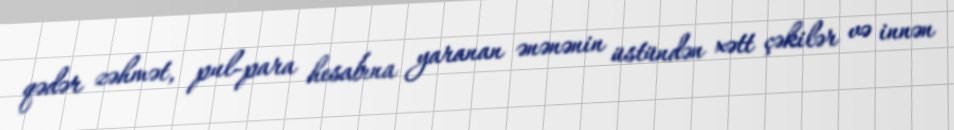
qədər zəhmət, pul-para hesabına yaranan ənənənin üstündən xətt çəkilər və innən